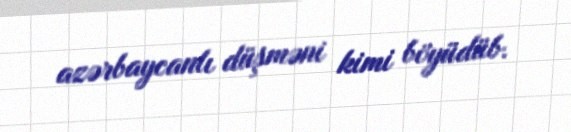
azərbaycanlı düşməni kimi böyüdüb.